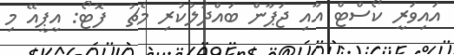
އައިވަރީ ކޯސްޓް އާއި ޖަޕާން ބައްދަލުކުރި މެޗު  ފޮޓޯ: އީޕީއޭ މި